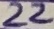
Text: 22